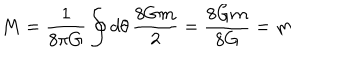
M = { \frac { 1 } { 8 \pi G } } \oint d \theta \, { \frac { 8 G m } { 2 } } = { \frac { 8 G m } { 8 G } } = m